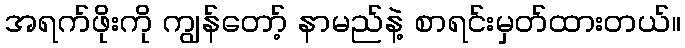
အရက်ဖိုးကို ကျွန်တော့် နာမည်နဲ့ စာရင်းမှတ်ထားတယ်။